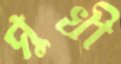
সুখী